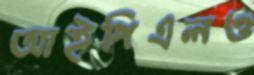
আইপিএলও